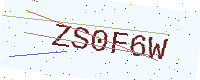
Text: ZS0F6W